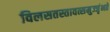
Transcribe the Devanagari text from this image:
विलसतस्तावत्समुज्जृंभते